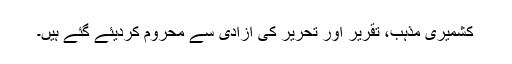
کشمیری مذہب، تقریر اور تحریر کی آزادی سے محروم کردیئے گئے ہیں۔